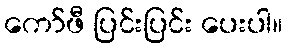
ကော်ဖီ ပြင်းပြင်း ပေးပါ။